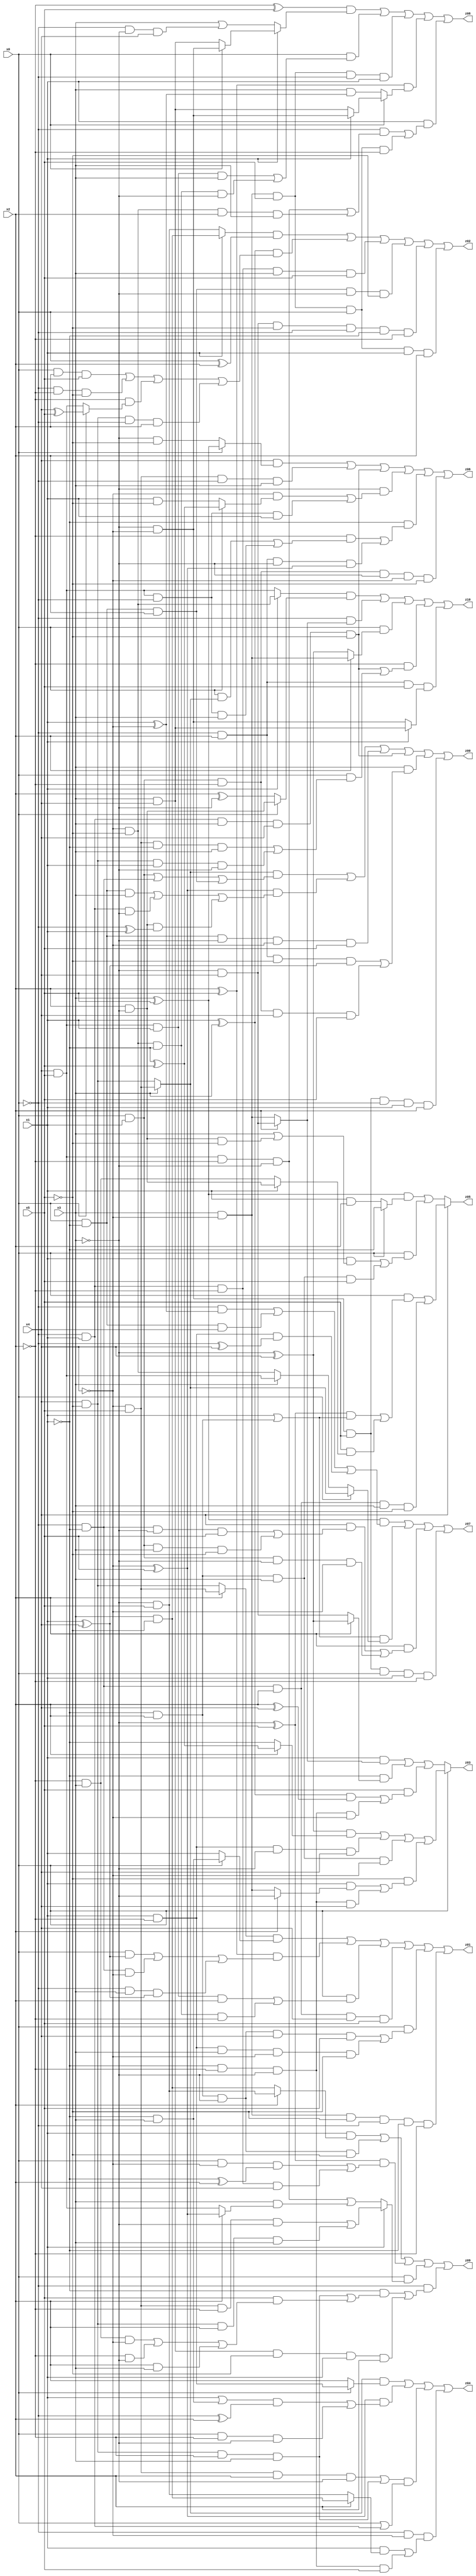
// Benchmark "X_4" written by ABC on Sat Jun 03 16:50:56 2023

module X_4 ( 
    x0, x1, x2, x3, x4, x5,
    z00, z01, z02, z03, z04, z05, z06, z07, z08, z09, z10  );
  input  x0, x1, x2, x3, x4, x5;
  output z00, z01, z02, z03, z04, z05, z06, z07, z08, z09, z10;
  assign z00 = ((x3 ? (~x4 & x5) : (x4 & ~x5)) & ((x0 & x1) | (~x0 & ~x1) | (x0 & ~x1 & x2))) | ((~x4 ^ x5) & ((x0 & ~x1 & x3) | (~x0 & x1 & ~x3) | (x2 & ~x3 & (~x0 ^ x1)))) | (x0 & ~x1 & ~x3 & ~x4 & x5) | (~x0 & x1 & x3 & x4 & ~x5) | (x3 & ((~x0 & x2 & ~x5 & (x1 ^ x4)) | (x0 & x1 & ~x2 & x4 & x5))) | (~x3 & ~x4 & x5 & ~x0 & x1 & x2);
  assign z01 = ((x2 ? (~x4 & x5) : (x4 & ~x5)) & (x0 ? (~x1 & x3) : x1)) | ((x2 ^ x5) & ((x0 & (x1 ^ x4)) | (~x0 & ~x1 & ~x4) | (~x0 & x3 & (x1 ^ x4)))) | (x0 & ((x4 & x5 & x1 & x2) | (~x4 & ~x5 & ~x1 & ~x2))) | (~x0 & ~x1 & x2 & x4 & x5) | (x0 & ((~x1 & x2 & ~x3 & x4 & x5) | (x1 & ~x2 & x3 & ~x4 & ~x5))) | (x3 & ~x4 & ~x5 & ~x0 & ~x1 & ~x2);
  assign z02 = ((x1 ? (x3 & ~x5) : (~x3 & x5)) & (x0 ^ x2)) | ((x1 ^ x3) & ((x0 & x2 & x5) | (~x0 & ~x2 & ~x5) | (~x2 & (x0 ? (x4 ^ x5) : (x4 & x5))) | (x4 & ~x5 & ~x0 & x2))) | (~x0 & x1 & ~x2 & x3 & x5) | (x0 & ~x1 & x2 & ~x3 & ~x5) | (~x3 & x4 & ~x5 & ~x0 & ~x1 & ~x2) | (x3 & ~x4 & x5 & x0 & x1 & x2);
  assign z03 = x0 ? (((~x3 ^ x4) & (x2 ? (~x1 ^ x5) : ~x1)) | (x1 & ~x2 & ~x3 & x4) | (~x1 & x2 & x3 & ~x4) | (~x5 & ((x1 & (x2 ? ~x3 : (x3 & ~x4))) | (~x1 & ~x2 & ~x3 & x4)))) : ((x1 & (x2 ? (~x3 & x4) : (x3 & ~x4))) | (~x1 & (x2 ? (~x3 ^ x4) : (~x3 & x4))) | (x5 & (((x1 ^ x3) & (x2 ^ x4)) | (~x1 & ~x2 & ~x3 & ~x4))));
  assign z04 = ((x3 ? (~x4 & x5) : (x4 & ~x5)) & (x0 ? (x1 & ~x2) : x2)) | ((~x4 ^ x5) & (((x1 | (~x1 & x3)) & (~x0 ^ x2)) | (x0 & ~x2 & ~x3))) | (((~x4 & x5 & x2 & ~x3) | (x4 & ~x5 & ~x2 & x3)) & (x0 | (~x0 & x1))) | (~x0 & ~x4 & ((x1 & (x2 ? (x3 & ~x5) : (~x3 & x5))) | (~x1 & ~x2 & ~x3 & x5)));
  assign z05 = x4 ? ((x0 & (((~x3 ^ x5) & (x1 | (~x1 & x2))) | (x5 & (x1 ? (x2 & ~x3) : (~x2 & x3))))) | (~x0 & ~x1 & x2 & x3 & ~x5)) : (((x3 ^ x5) & (x0 ? ~x1 : (x1 & x2))) | (x0 & ((x1 & (x3 | (x2 & ~x3 & ~x5))) | (~x1 & x2 & x3 & x5))));
  assign z06 = (x4 & (x0 ? (x3 ^ x5) : (~x3 & ~x5))) | (~x4 & x5 & ~x0 & x3) | (~x0 & x1 & x3 & x4 & ~x5) | (~x3 & ((~x4 & (x0 ? (~x1 ^ x5) : (x1 & ~x5))) | (x4 & x5 & ~x0 & x1))) | (~x1 & ((~x2 & ((x0 & (x3 ? (~x4 & x5) : (x4 & ~x5))) | (x4 & x5 & ~x0 & x3))) | (~x0 & x2 & ~x3 & (~x4 ^ x5)))) | (x0 & x1 & ~x2 & ~x3 & ~x4 & ~x5);
  assign z07 = ((x3 ^ x5) & ((~x0 & (x1 ^ ~x4)) | (x0 & ~x1 & x4) | (x1 & ~x2 & (~x0 ^ x4)))) | ((x1 | (~x1 & x2)) & (x0 ? (x3 ? (~x4 & x5) : (x4 & ~x5)) : (x3 ? (x4 & x5) : (~x4 & ~x5)))) | (x2 & ((x4 & ((~x0 & ~x1 & ~x3 & x5) | (x0 & x1 & x3 & ~x5))) | (x0 & x1 & ~x3 & ~x4))) | (~x3 & ~x4 & x5 & x0 & x1 & ~x2);
  assign z08 = ((~x2 ^ x5) & (x1 ? (x0 ? (~x3 & ~x4) : (x3 & x4)) : (x3 | (~x0 & ~x3 & x4)))) | (x0 & ((x4 & x5 & x1 & x3) | (~x4 & ~x5 & ~x1 & ~x3))) | (x3 & ~x4 & x5 & ~x0 & x1) | ((x2 ^ x5) & (x0 ? (x1 ? (~x3 & ~x4) : (x3 & x4)) : (x3 & (x1 ^ ~x4)))) | (x1 & ((~x0 & ((x4 & x5 & ~x2 & ~x3) | (~x4 & ~x5 & x2 & x3))) | (x3 & ~x4 & x5 & x0 & ~x2)));
  assign z09 = (x1 & (x2 ? (~x3 & x5) : (x3 & ~x5))) | (~x1 & x2 & ~x3 & ~x5) | ((~x3 ^ x5) & ((x0 & ~x4 & (~x1 ^ x2)) | (~x0 & x1 & ~x2 & x4))) | (x0 & (x1 ? ((~x4 & x5 & ~x2 & ~x3) | (x4 & ~x5 & x2 & x3)) : ((x4 & x5 & ~x2 & ~x3) | (x3 & (x2 ? (~x4 ^ x5) : (x4 & x5)))))) | (~x0 & ((~x1 & ((x4 & ~x5 & ~x2 & x3) | (x5 & ((~x2 & x3 & ~x4) | (~x2 & ~x3) | (x2 & x3))))) | (x3 & x4 & ~x5 & x1 & x2)));
  assign z10 = ((x1 ? (~x4 & ~x5) : (x4 & x5)) & (x0 ? (x2 & ~x3) : (x2 ^ ~x3))) | (~x0 & (x2 ? (~x3 & x4) : (x3 & ~x4))) | (x0 & (x2 ? (x3 & ~x4) : (~x3 ^ x4))) | (~x2 & ((~x0 & x1 & x3 & x4 & ~x5) | (x0 & ((~x4 & x5 & ~x1 & x3) | (x4 & ~x5 & x1 & ~x3))))) | (~x0 & x2 & x5 & (x1 ? (x3 & x4) : (~x3 & ~x4)));
endmodule